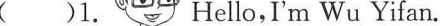
( )1. Hello,I'm Wu Yifan.